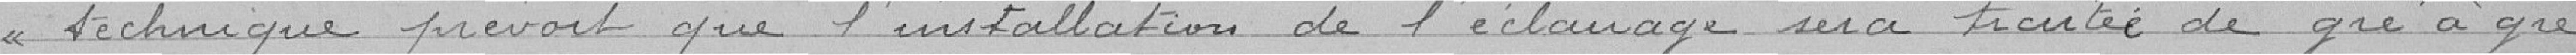
« technique prévoit que l'installation de l'éclairage sera traitée de gré à gré